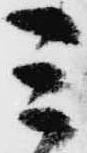
ミ